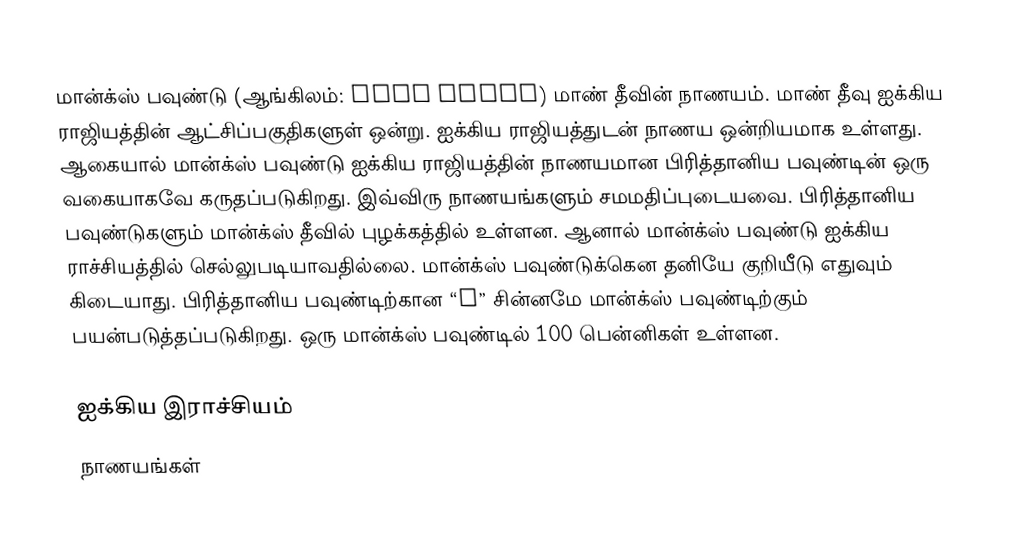
மான்க்ஸ் பவுண்டு (ஆங்கிலம்: Manx pound)  மாண் தீவின் நாணயம்.  மாண் தீவு ஐக்கிய ராஜியத்தின் ஆட்சிப்பகுதிகளுள் ஒன்று. ஐக்கிய ராஜியத்துடன் நாணய ஒன்றியமாக உள்ளது. ஆகையால் மான்க்ஸ் பவுண்டு ஐக்கிய ராஜியத்தின் நாணயமான பிரித்தானிய பவுண்டின் ஒரு வகையாகவே கருதப்படுகிறது. இவ்விரு நாணயங்களும் சமமதிப்புடையவை. பிரித்தானிய பவுண்டுகளும் மான்க்ஸ் தீவில் புழக்கத்தில் உள்ளன. ஆனால் மான்க்ஸ் பவுண்டு ஐக்கிய ராச்சியத்தில் செல்லுபடியாவதில்லை. மான்க்ஸ் பவுண்டுக்கென தனியே குறியீடு எதுவும் கிடையாது. பிரித்தானிய பவுண்டிற்கான “£” சின்னமே மான்க்ஸ் பவுண்டிற்கும் பயன்படுத்தப்படுகிறது. ஒரு மான்க்ஸ் பவுண்டில் 100 பென்னிகள் உள்ளன.

ஐக்கிய இராச்சியம்
நாணயங்கள்